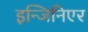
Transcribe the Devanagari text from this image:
इन्जिनिएर